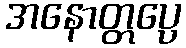
အနောတ္တပ္ပေ